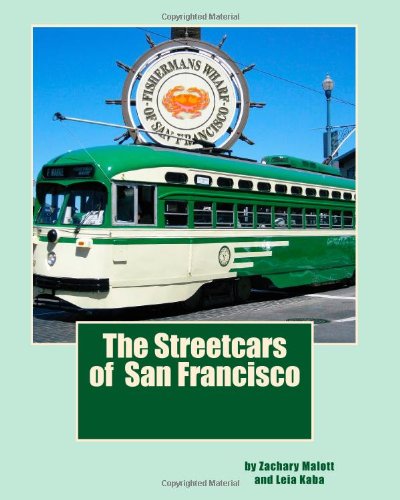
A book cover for The Streetcars of San Francisco; Zachary Malott; Engineering & Transportation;